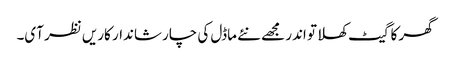
گھر کا گیٹ کھلا تو اندر مجھے نئے ماڈل کی چار شاندار کاریں نظر آی۔